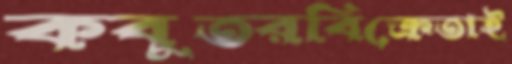
কবুতরবিক্রেতাই